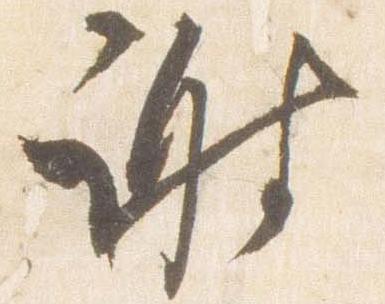
謝